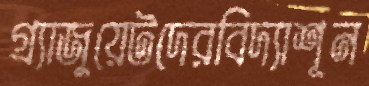
গ্র্যাজুয়েটদেরবিদ্যাশূন